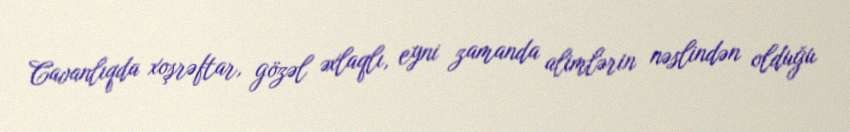
Cavanlıqda xoşrəftar, gözəl əxlaqlı, eyni zamanda alimlərin nəslindən olduğu